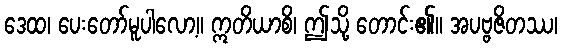
ဒေထ၊ ပေးတော်မူပါလော့။ ဣတိယာစိ၊ ဤသို့ တောင်း၏။ အပဗ္ဗဇိတဿ၊